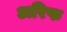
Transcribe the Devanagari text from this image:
अरिफ